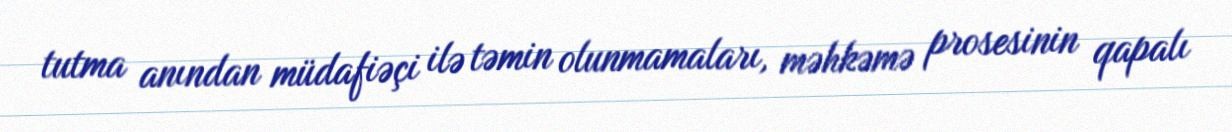
tutma anından müdafiəçi ilə təmin olunmamaları, məhkəmə prosesinin qapalı